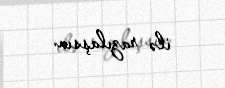
ilə razılaşsın.